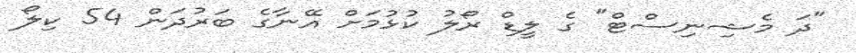
"ދަ މެޝިނިސްޓް" ގެ ލީޑް ރޯލު ކުޅުމަށް އޭނާގެ ބަރުދަން 54 ކިލޯ